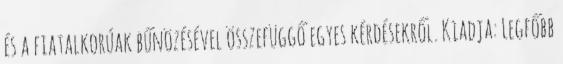
és a fiatalkorúak bűnözésével összefüggő egyes kérdésekről. Kiadja: Legfőbb